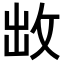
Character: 𭣩